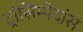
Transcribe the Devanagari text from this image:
ट्रांसिम्पेदांस